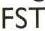
FST